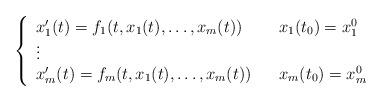
LaTeX: \begin{align*}\left\{\begin{array}{lcl}x_1'(t)=f_1(t,x_1(t),\ldots,x_m(t)) & & x_1(t_0)=x_1^0\\\vdots \\x_m'(t)=f_m(t,x_1(t),\ldots,x_m(t)) & & x_m(t_0)=x_m^0\end{array}\right.\end{align*}